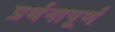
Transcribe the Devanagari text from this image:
प्रर्थनापूर्ण